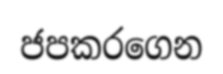
ජපකරගෙන